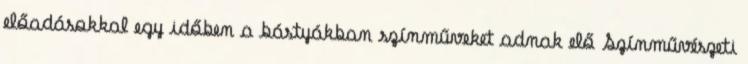
előadásokkal egy időben a bástyákban színműveket adnak elő Színművészeti